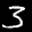
Label: 3